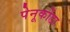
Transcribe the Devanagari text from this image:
पेनूकोंडा